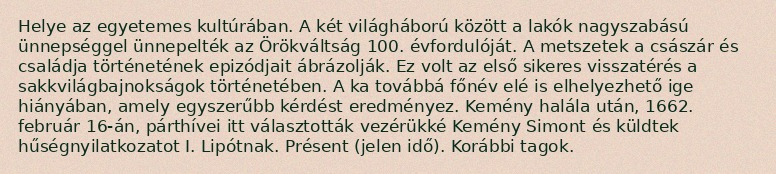
Helye az egyetemes kultúrában. A két világháború között a lakók nagyszabású ünnepséggel ünnepelték az Örökváltság 100. évfordulóját. A metszetek a császár és családja történetének epizódjait ábrázolják. Ez volt az első sikeres visszatérés a sakkvilágbajnokságok történetében. A ka továbbá főnév elé is elhelyezhető ige hiányában, amely egyszerűbb kérdést eredményez. Kemény halála után, 1662. február 16-án, párthívei itt választották vezérükké Kemény Simont és küldtek hűségnyilatkozatot I. Lipótnak. Présent (jelen idő). Korábbi tagok.